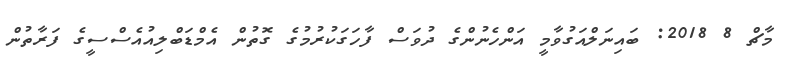
މާޗް 8 2018: ބައިނަލްއަގުވާމީ އަންހެނުންގެ ދުވަސް ފާހަގަކުރުމުގެ ގޮތުން އެމްޑަބްލިއުއެސްސީގެ ފަރާތުން